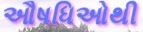
ઔષધિઓથી